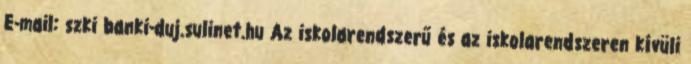
E-mail: szki banki-duj.sulinet.hu Az iskolarendszerű és az iskolarendszeren kívüli